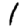
Digit: 1